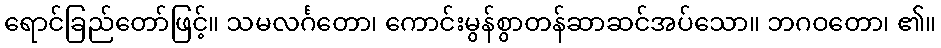
ရောင်ခြည်တော်ဖြင့်။ သမလင်္ဂတော၊ ကောင်းမွန်စွာတန်ဆာဆင်အပ်သော။ ဘဂဝတော၊ ၏။